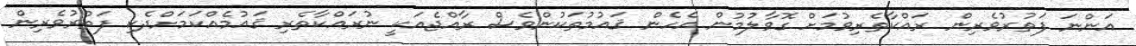
އަންނަ ފަތުރުވެރިން ރައްކާތެރިވުމަށް ގޮވާލުމުން އެހެން ޤައުމުތަކުންވެސް ރާއްޖެއަކީ ނުރައްކާތެރި ޤައުމެއްކަމަށްދެކި ފަތުރުވެރިން